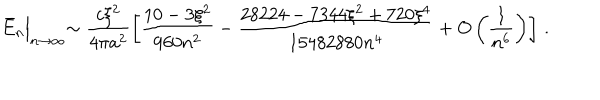
\bar { E } _ { n } \Bigl | _ { n \to \infty } \sim \frac { c \xi ^ { 2 } } { 4 \pi a ^ { 2 } } \left[ \frac { 1 0 - 3 \xi ^ { 2 } } { 9 6 0 n ^ { 2 } } - \frac { 2 8 2 2 4 - 7 3 4 4 \xi ^ { 2 } + 7 2 0 \xi ^ { 4 } } { 1 5 4 8 2 8 8 0 n ^ { 4 } } + O \left( \frac { 1 } { n ^ { 6 } } \right) \right] \, { . }